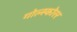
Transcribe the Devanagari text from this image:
गोल्स्कोरर